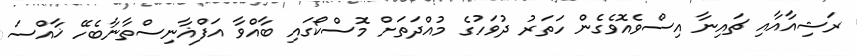
ރަޝިއާއާއި ޗައިނާ އިސްވެއޮވެގެން ހަތަރު ދުވަހުގެ މުއްދަތަށް މޮސްކޯގައި ބާއްވާ އަފްޣާނިސްތާނާބެހޭ ޚާއްސަ